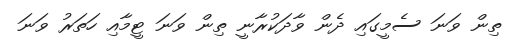
ތިން ވަނަ ސެމީގައި ދެން ވާދަކުރާނީ ތިން ވަނަ ޓީމާއި ހަތަރު ވަނަ